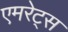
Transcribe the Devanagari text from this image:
एमरेट्स